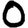
Digit: 0